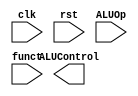
module alu_control(clk, rst, ALUOp, ALUControl, funct);
	input wire clk, rst;
	input wire [1:0] ALUOp;
	input wire [5:0] funct;
	output wire [3:0] ALUControl;
	
	//NEED TO DO


endmodule